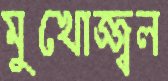
মুখোজ্জ্বল